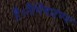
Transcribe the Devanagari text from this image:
है।नैमिषारण्य